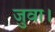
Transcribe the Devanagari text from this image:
जुवा।